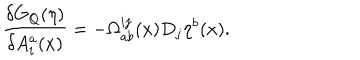
LaTeX: \frac { \delta G _ { Q } ( \eta ) } { \delta A _ { i } ^ { a } ( x ) } = - \Omega _ { a b } ^ { i j } ( x ) D _ { j } \eta ^ { b } ( x ) .